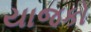
યાજકો